Insane asylums in Bengal annual reports 1867-1875 - 1867-1875
Year: 1867
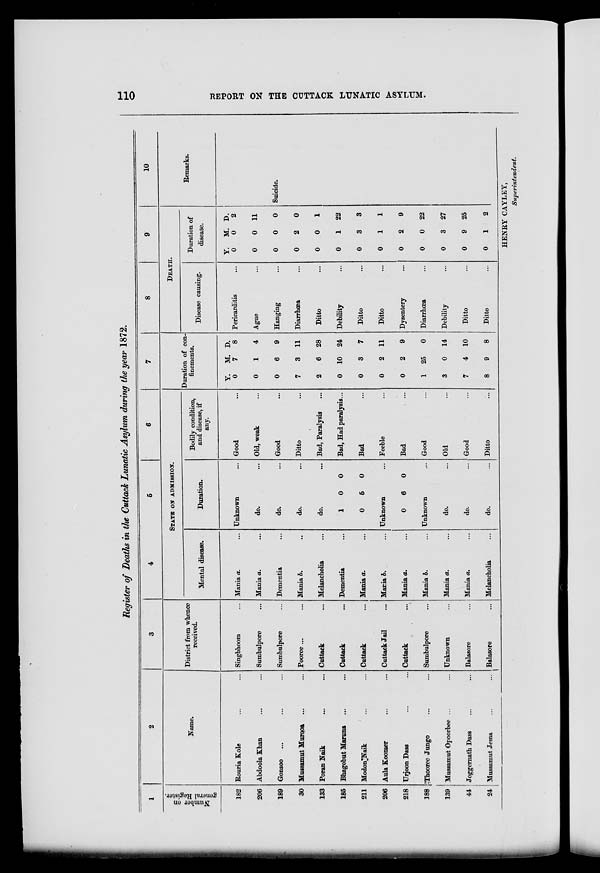
110
REPORT ON THE CUTTACK LUNATIC ASYLUM.
Register of Deaths in the Cuttack Lunatic Asylum during the year 1872.
1
Number on
general Register.
182
206
189
30
133
185
211
206
218
188
139
44
24
2
Name.
Rouria Kole ... ...
Abdoola Khan ... ...
Gonsoo ... ... ...
Mussamut Murooa ... ...
Poran Naik ... ...
Bhagobut Maruna ... ...
Modon Naik ... ...
Aula Koomer ... ...
Urjoon Dass ... ...
Thooree Jungo ... ...
Mussamut Opoorbee ... ...
Joggernath Dass ... ...
Mussamut Jema
...
...
3
District from whence
received.
Singbhoom ...
Sumbulpore ...
Sumbulpore ...
Pooree ... ...
Cuttack ...
Cuttack ...
Cuttack
...
Cuttack Jail ...
Cuttack ...
Sumbulpore ...
Unknown ...
Balasore ...
Balasore ...
4
5
6
STATE ON ADMISSION.
Mental disease.
Mania a. ...
Mania a. ...
Dementia ...
Mania b. ...
Melancholia ...
Dementia ...
Mania a. ...
Mania b. ...
Mania a. ...
Mania b. ...
Mania a. ...
Mania a. ...
Melancholia ...
Duration.
Unknown ...
do. ...
do. ...
do. ...
do. ...
1
0
0
5
0
0
Unknown ...
0
6
0
Unknown ...
do. ...
do. ...
do. ...
Bodily condition,
and disease, if
any.
Good ...
Old, weak ...
Good ...
Ditto ...
Bad, Paralysis ...
Bad, Had paralysis...
Bad ...
Feeble ...
Bad ...
Good ...
Old ...
Good ...
Ditto ...
7
Duration of con-
finements.
Y.
0
0
0
7
2
0
0
0
0
1
3
7
8
M.
7
1
6
3
6
10
3
2
2
25
0
4
9
D.
8
4
9
11
28
24
7
11
9
0
14
10
8
8
9
DEATH.
Disease causing.
Pericarditis ...
Ague ...
Hanging ...
Diarrhœa ...
Ditto ...
Debility ...
Ditto ...
Ditto ...
Dysentery ...
Diarrhœa ...
Debility ...
Ditto ...
Ditto ...
Duration of
disease.
Y.
0
0
0
0
0
0
0
0
0
0
0
0
0
M.
0
0
0
2
0
1
3
1
2
0
3
9
1
D.
2
11
0
0
1
22
3
1
9
22
27
25
2
10
Remarks.
Suicide.
HENRY CAYLEY,
Superintendent.